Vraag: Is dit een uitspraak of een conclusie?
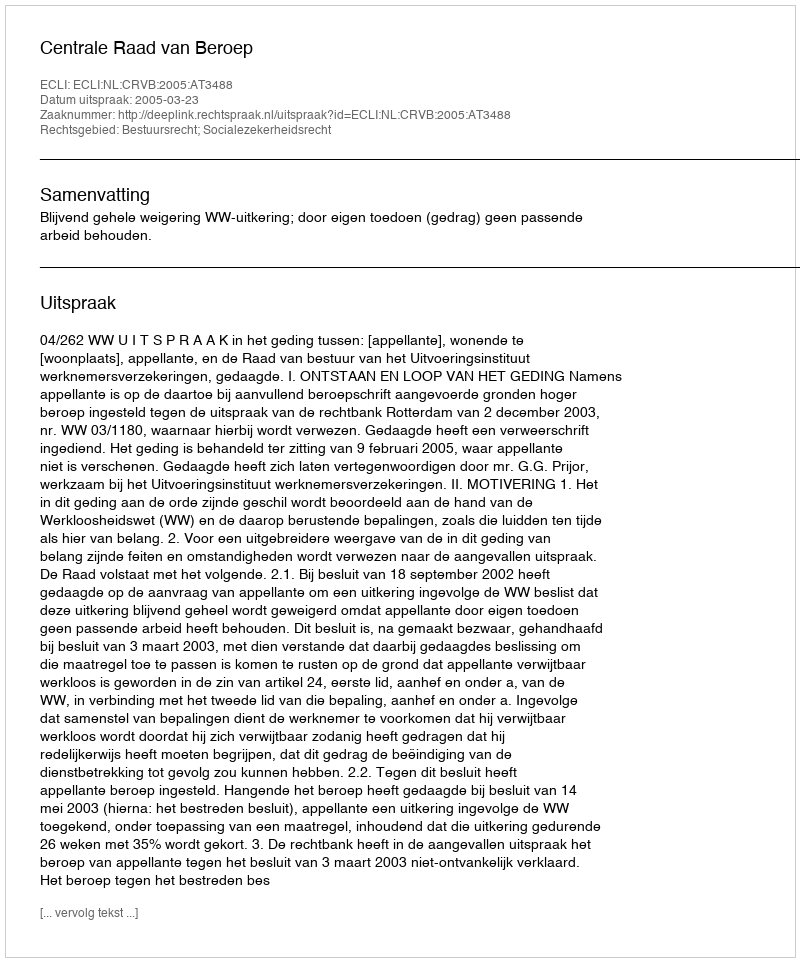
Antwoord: Uitspraak